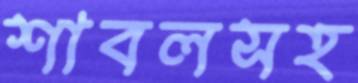
শাবলসহ